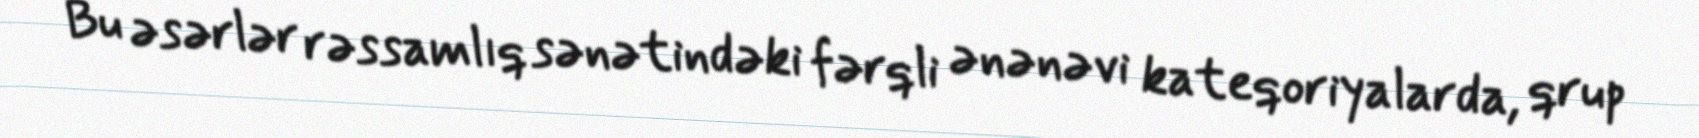
Bu əsərlər rəssamlıq sənətindəki fərqli ənənəvi kateqoriyalarda, qrup